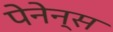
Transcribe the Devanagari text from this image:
पेनेन्स